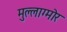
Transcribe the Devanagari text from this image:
मुल्लाग्मोर